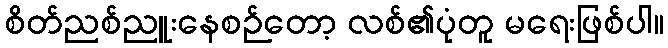
စိတ်ညစ်ညူးနေစဉ်တော့ လစ်၏ပုံတူ မရေးဖြစ်ပါ။